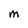
Character: M